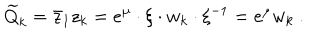
\widetilde Q _ { k } = { \bar { z } _ { 1 } } z _ { k } = e ^ { \mu } \cdot \xi \cdot w _ { k } \cdot \xi ^ { - 1 } = e ^ { \mu } w _ { k } \ .